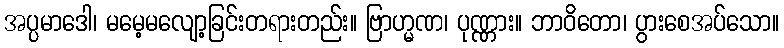
အပ္ပမာဒေါ၊ မမေ့မလျော့ခြင်းတရားတည်း။ ဗြာဟ္မဏ၊ ပုဏ္ဏား။ ဘာဝိတော၊ ပွားစေအပ်သော။